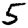
Digit: 5